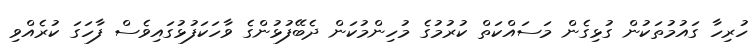
ހުރިހާ ގައުމުތަކުން ގުޅިގެން މަސައްކަތް ކުރުމުގެ މުހިންމުކަން ދެބޭފުޅުންގެ ވާހަކަފުޅުގައިވެސް ފާހަގަ ކުރެއްވި